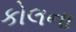
કોલના